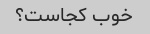
خوب کجاست؟